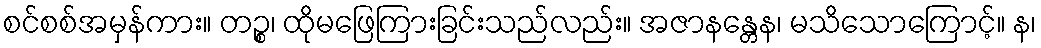
စင်စစ်အမှန်ကား။ တဉ္စ၊ ထိုမဖြေကြားခြင်းသည်လည်း။ အဇာနန္တေန၊ မသိသောကြောင့်။ န၊